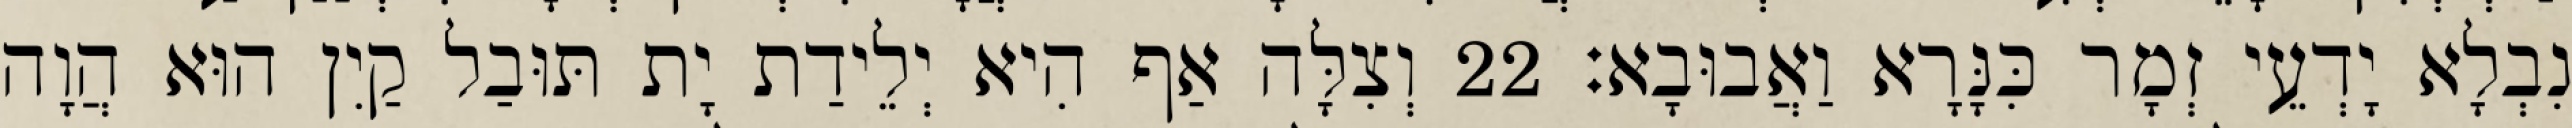
נִבְלָא יָדְעֵי זְמָר כִּנָּרָא וַאֲבוּבָא׃ 22 וְצִלָּה אַף הִיא יְלֵידַת יָת תּוּבַל קַיִן הוּא הֲוָה